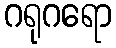
ဂရုဂရော